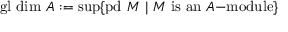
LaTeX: { \mathrm { g l ~ d i m ~ } } A : = \operatorname* { s u p } \{ { \mathrm { p d ~ } } M { \mathrm { ~ } } | { \mathrm { ~ } } M { \mathrm { ~ i s ~ a n ~ } } A { \mathrm { - m o d u l e } } \}